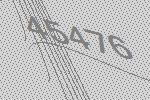
45476